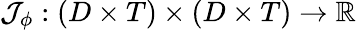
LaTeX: \mathcal{J}_{\phi}:\left(D\times T\right)\times\left(D\times T\right)\rightarrow\mathbb{R}